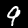
Digit: 9